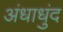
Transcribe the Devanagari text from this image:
अंधाधुंद